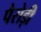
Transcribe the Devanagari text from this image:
पैरोड़ी